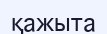
қажыта